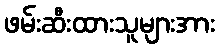
ဖမ်းဆီးထားသူများအား